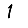
Digit: 1